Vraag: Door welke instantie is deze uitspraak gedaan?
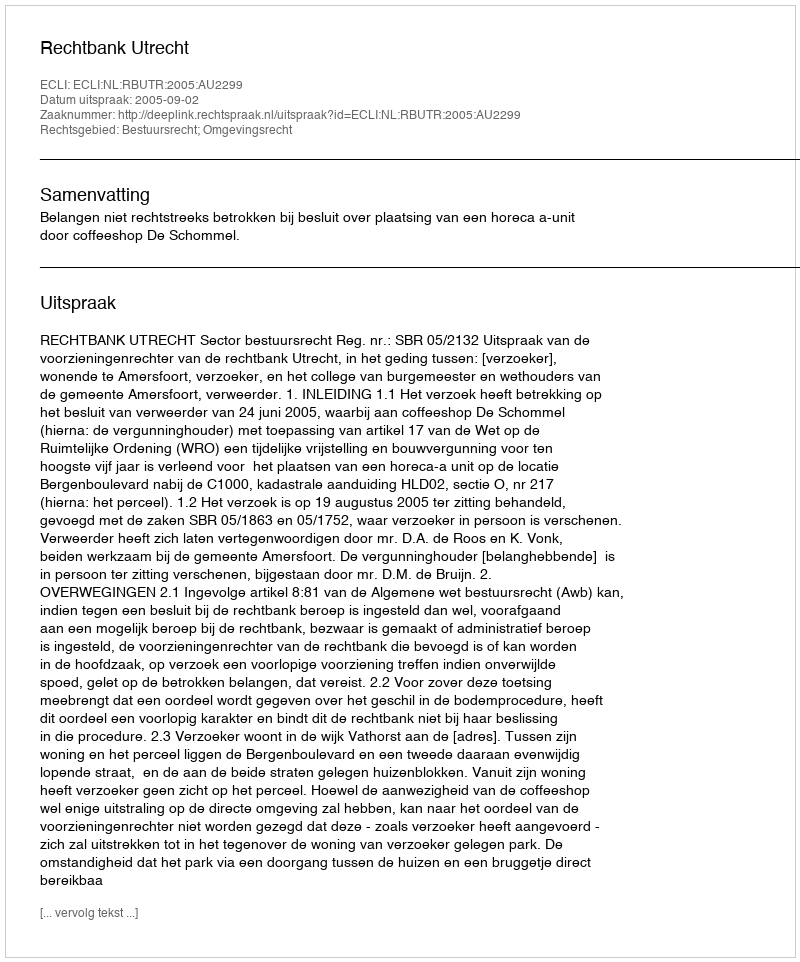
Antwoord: Rechtbank Utrecht